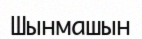
Шынмашын